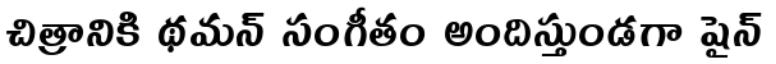
చిత్రానికి థమన్ సంగీతం అందిస్తుండగా షైన్